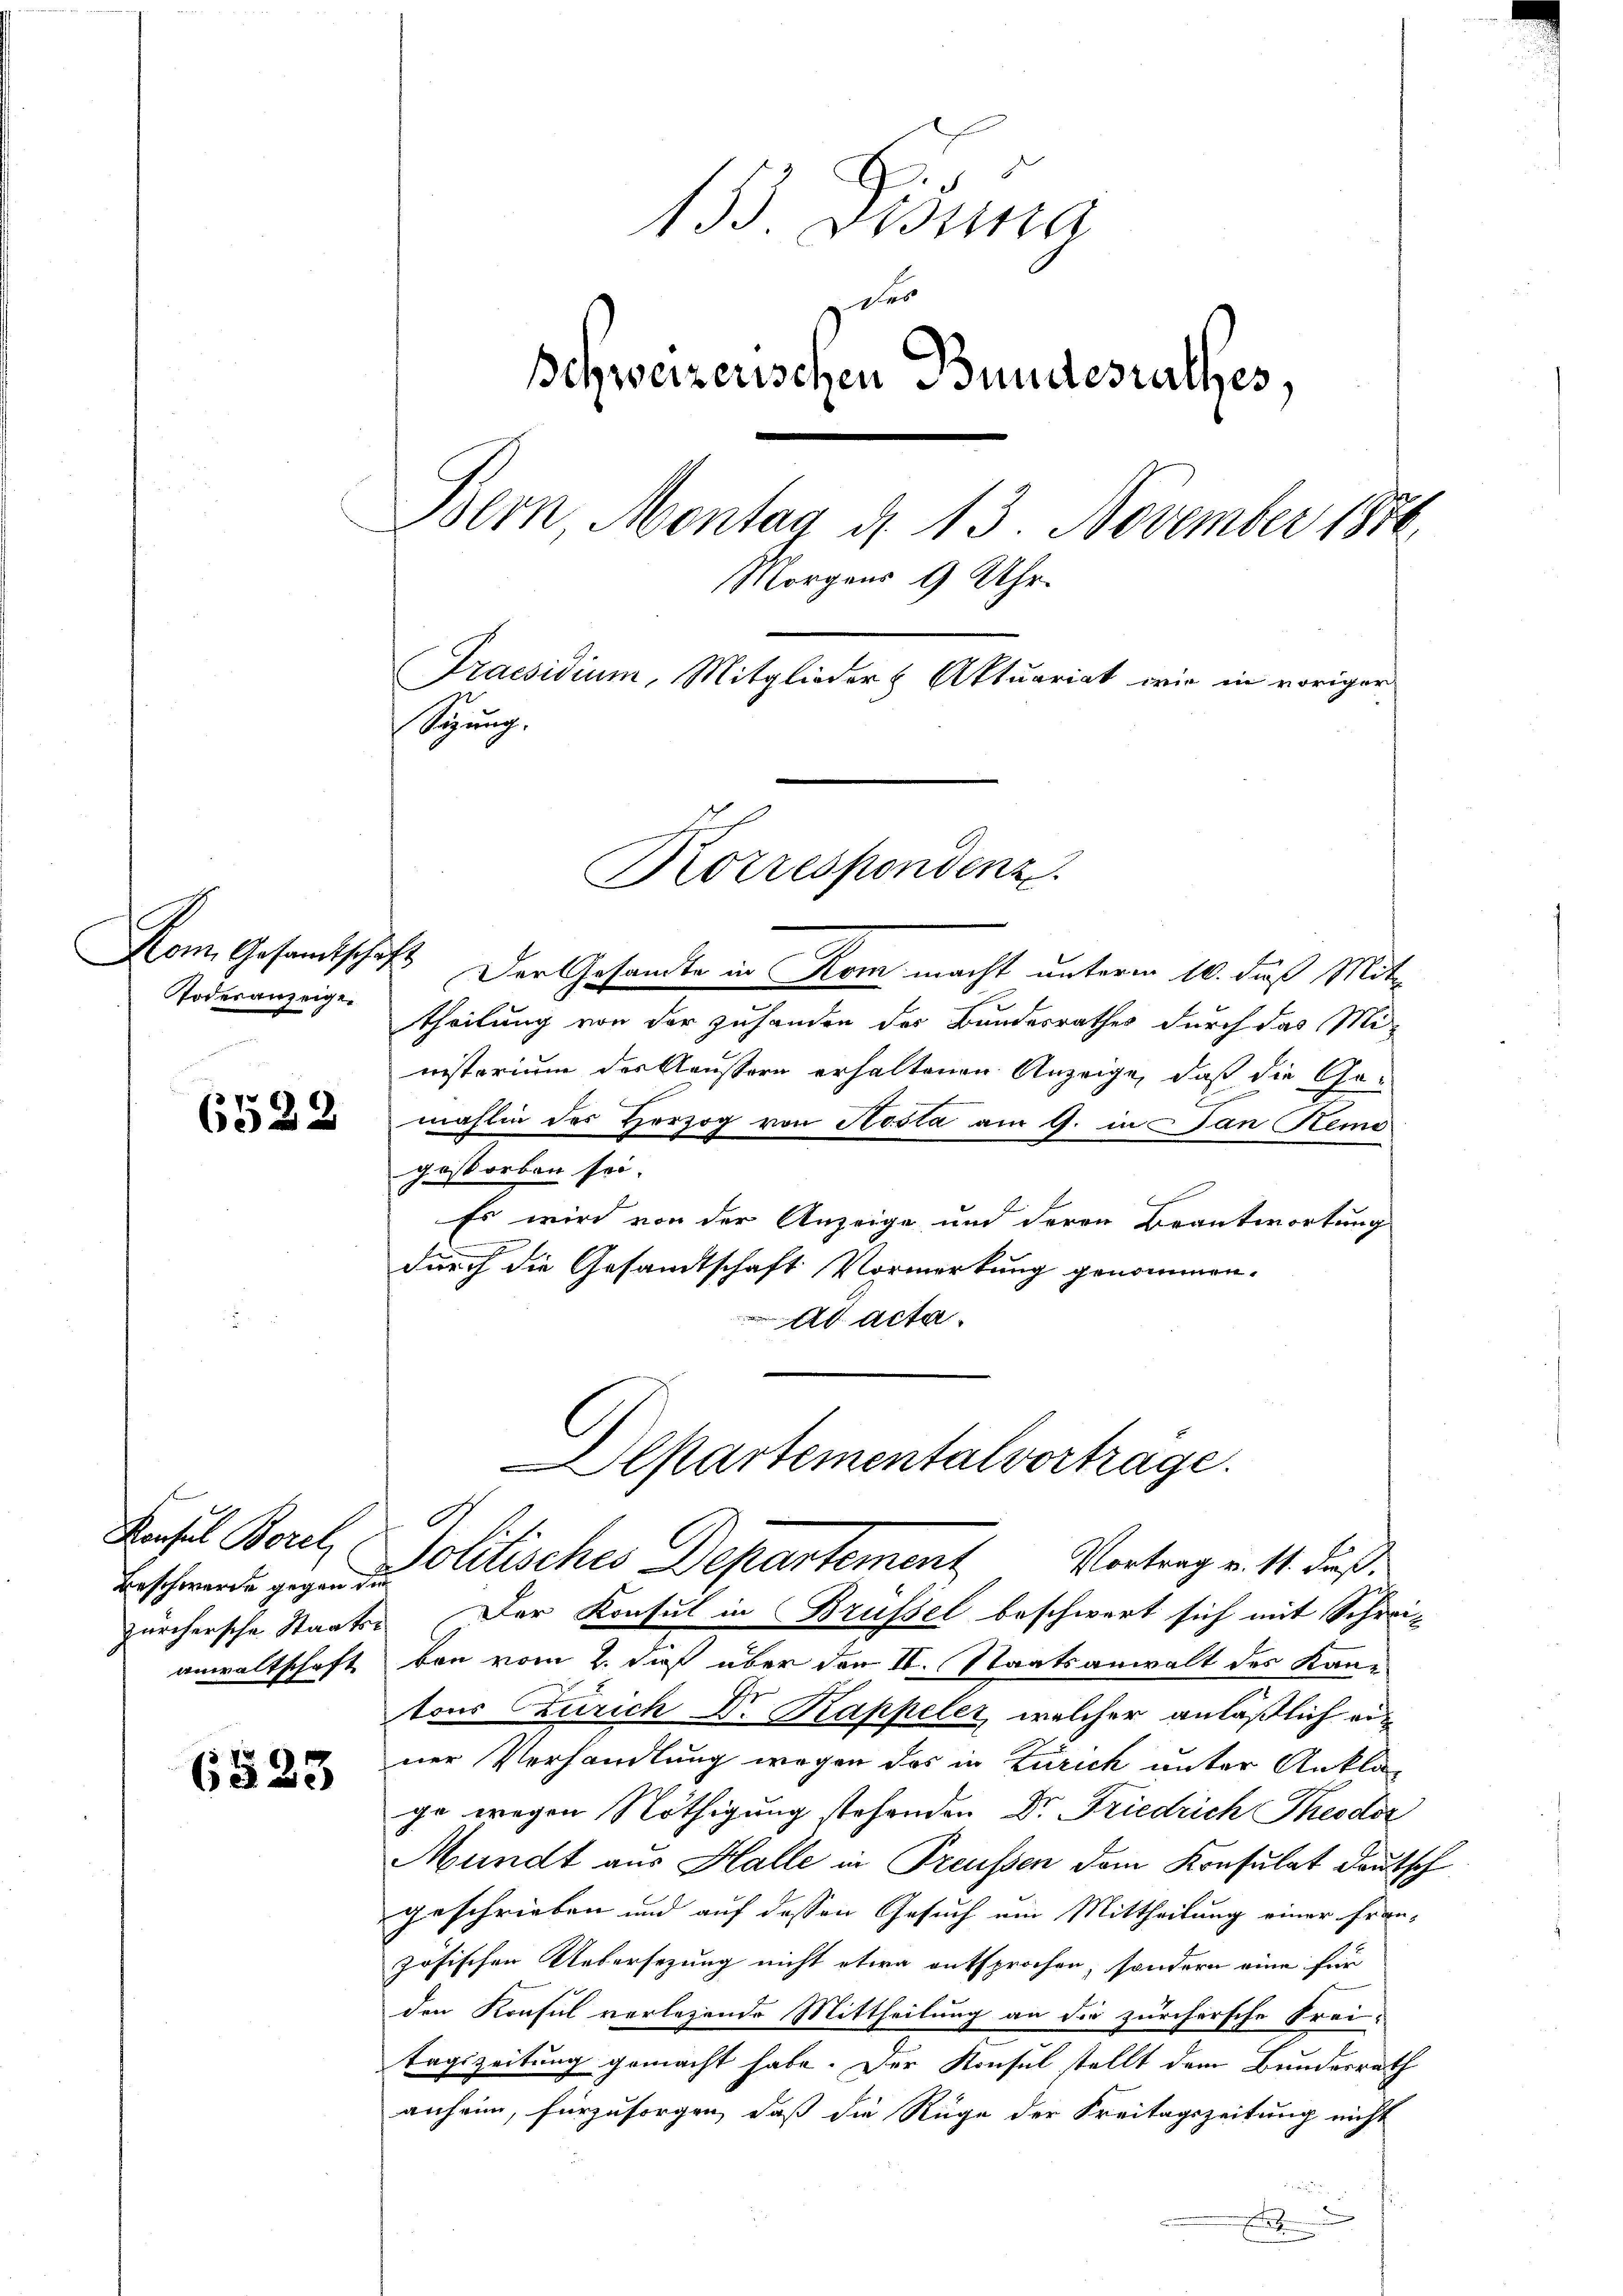
Todesanzeige

6522

Konsul Borel
Beschwerde gegen die
anwaltschaft

153. Disina
des
Schweizerischen Bundesrathes,
Bern, Montag d. 13. November 1870
Morgens 9 Uhr.
Praesidium, Mitglieder Aktuariat wie in voriger
Sipung.

6523

Kom. Gesandtschaft. Der Gesandte in Rom macht unterm 10. daß Mittheilung von der Zuhanden der Bundesrathes durch das Mi-
istorium der Aeussern erhaltenen Anzeige, daß die Gemahlin des Herzog von Aosta am 9. in dan Remo
gestorben sei.
Es wird von der Anzeige und deren Beantwortung
l
durch die Gesamtschaft Vormerkung genommen.
ad acta.
Departementalvorträge.

Korrespondenz.

A
Politisches Departement Vortrag v. 14. Fuß.

zürchersche Staats- Der Konsul in Brüssel beschwert sich mit Schrei-
ben vom 2. daß über den II. Staatsanwalt des Kantons Zürich Dr Kappeler, welcher anläßlich einer Verhandlung wegen des in Zürich unter Anklage wegen Nöthigung stehenden Dr. Friedrich Theodor
Mundt aus Halle in Preussen dem Konsulat deutsch
geschrieben und auf dessen Gesuch ein Mittheilung einer fran-
zösischen Uebersezung nicht etwa entsprochen, sondern eine für
den Konsul verlesende Mittheilung an die zürchersche Frei-
tagszeitung gemacht habe. Der Konsul stellt dem Bundesrath
anheim, fürzusorgen, daß die Rüge der Kreitagszeitung nicht
s
.